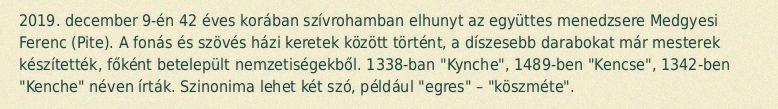
2019. december 9-én 42 éves korában szívrohamban elhunyt az együttes menedzsere Medgyesi Ferenc (Pite). A fonás és szövés házi keretek között történt, a díszesebb darabokat már mesterek készítették, főként betelepült nemzetiségekből. 1338-ban "Kynche", 1489-ben "Kencse", 1342-ben "Kenche" néven írták. Szinonima lehet két szó, például "egres" – "köszméte".